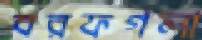
বরফগলা